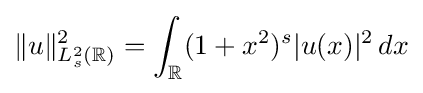
\Vert u\Vert _{L_{s}^{2}(\mathbb {R} )}^{2}=\int _{\mathbb {R} }(1+x^{2})^{s}|u(x)|^{2}\,dx